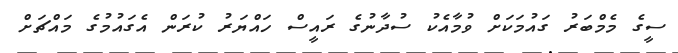
ސީގެ މެމްބަރު ގައުމަކަށް ވުމާއެކު ސުދާނުގެ ރައީސް ހައްޔަރު ކުރަން އެގައުމުގެ މައްޗަށް